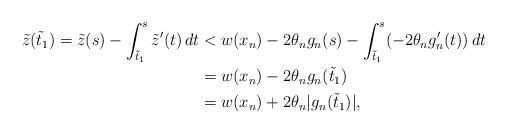
LaTeX: \begin{align*}\tilde{z}(\tilde{t}_1) = \tilde{z}(s) - \int_{\tilde{t}_1}^{s} \tilde{z}'(t) \,dt & < w(x_n) -2 \theta_n g_n (s) - \int_{\tilde{t}_1}^{s} (-2 \theta_n g_n'(t)) \,dt \\& = w(x_n) -2 \theta_n g_n (\tilde{t}_1) \\& = w(x_n) + 2 \theta_n |g_n(\tilde{t}_1)|,\end{align*}